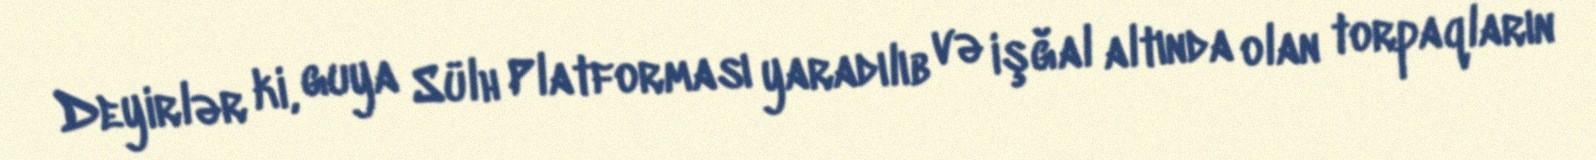
Deyirlər ki, guya Sülh Platforması yaradılıb və işğal altında olan torpaqların